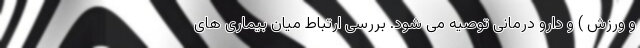
و ورزش ) و دارو درمانی توصیه می شود. بررسی ارتباط میان بیماری های